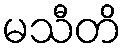
မသီတိ